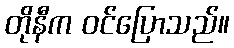
တိုနီက ဝင်ပြောသည်။